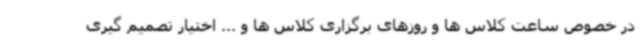
در خصوص ساعت کلاس ها و روزهای برگزاری کلاس ها و ... اختیار تصمیم گیری